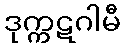
ဒုက္ကဋဂါမီ